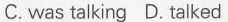
C.was talking D. Talked